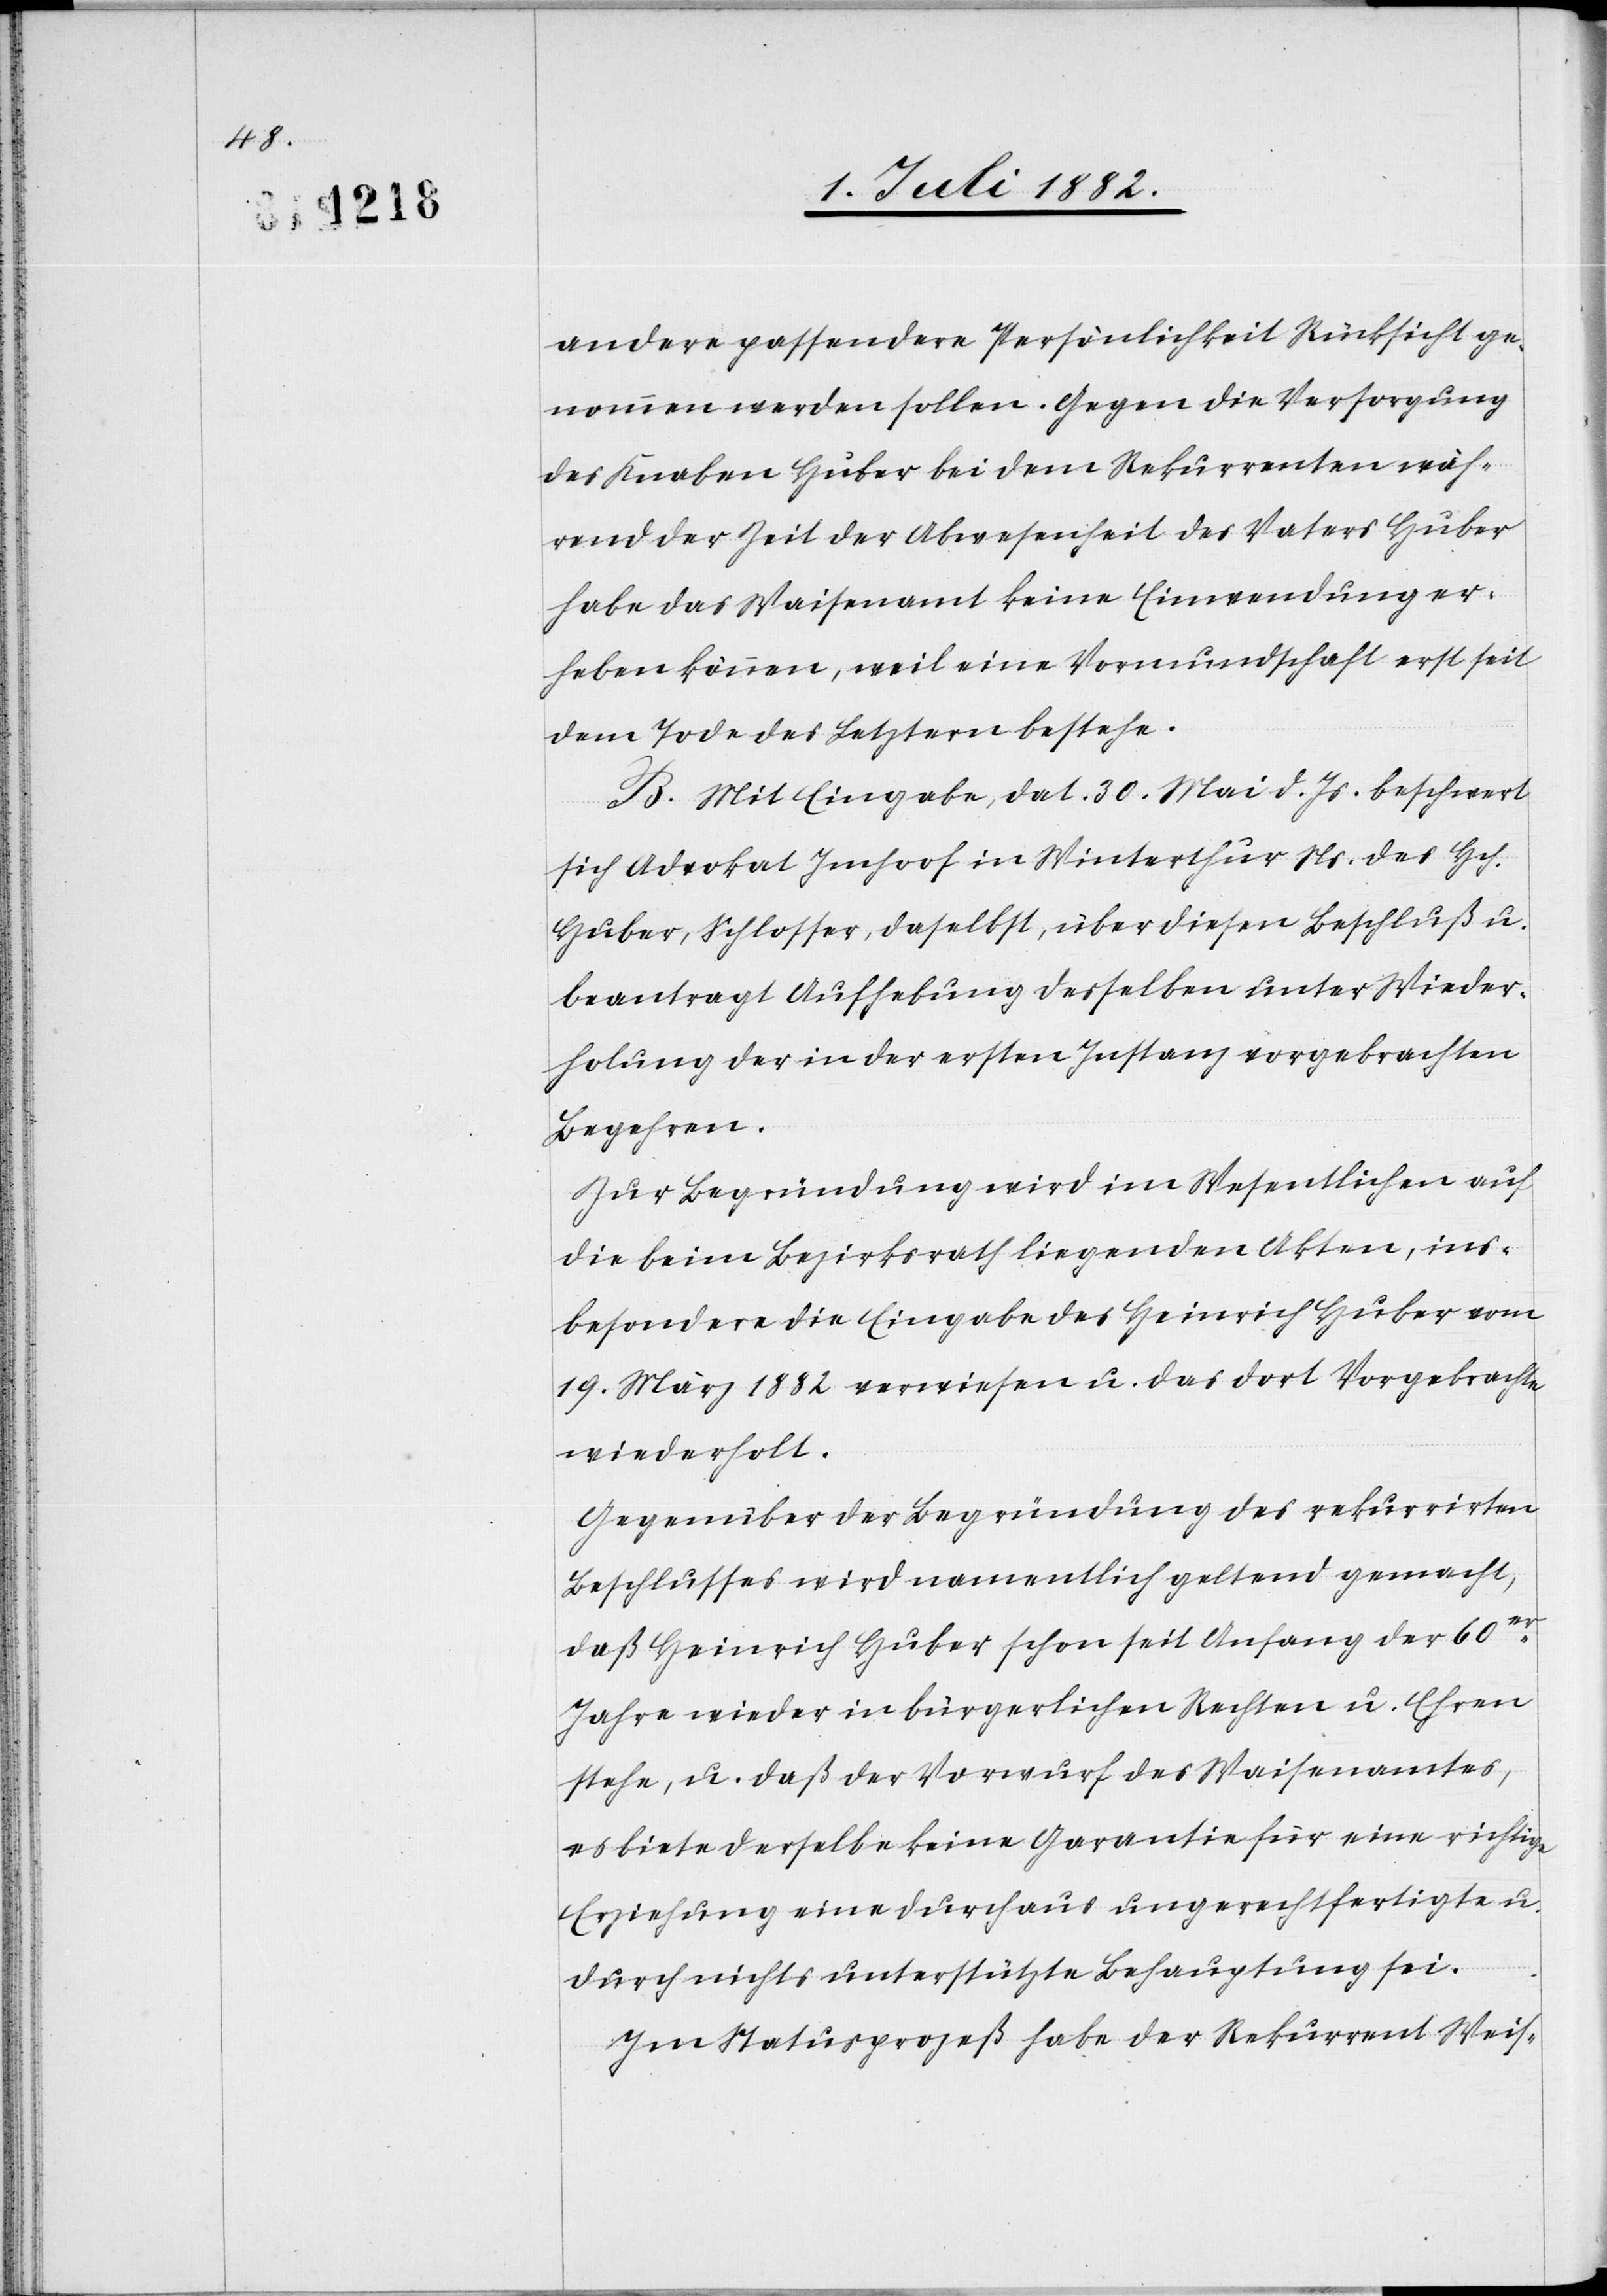
andere passendere Persönlichkeit Rücksicht ge¬
nommen werden sollen. Gegen die Versorgung
des Knaben Huber bei dem Rekurrenten wäh¬
rend der Zeit der Abwesenheit des Vaters Huber
habe das Waisenamt keine Einwendung er¬
heben können, weil eine Vormundschaft erst seit
dem Tode des Letztern bestehe.
B. Mit Eingabe, dat. 30 Mai d. Js. beschwert
sich Advokat Imhoof in Winterthur Ns. des Hch.
Huber, Schlosser, daselbst, über diesen Beschluß u.
beantragt Aufhebung desselben unter Wieder¬
holung der in der ersten Instanz vorgebrachten
Begehren.
Zur Begründung wird im Wesentlichen auf
die beim Bezirksrath liegenden Akten, ins¬
besondere die Eingabe des Heinrich Huber vom
19. März 1882 verwiesen u. das dort Vorgebrachte
wiederholt.
Gegenüber der Begründung des rekurrirten
Beschlusses wird namentlich geltend gemacht,
daß Heinrich Huber schon seit Anfang der 60er
Jahre wieder in bürgerlichen Rechten u. Ehren
stehe, u. daß der Vorwurf des Waisenamtes,
es biete derselbe keine Garantie für eine richtige
Erziehung eine durchaus ungerechtfertigte u.
durch nichts unterstützte Behauptung sei.
Im Statusprozeß habe der Rekurrent Weis-